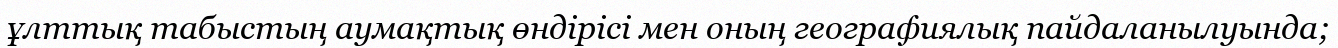
ұлттық табыстың аумақтық өндірісі мен оның географиялық пайдаланылуында;